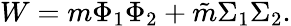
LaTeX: W=m\Phi_{1}\Phi_{2}+\tilde{m}\Sigma_{1}\Sigma_{2}.